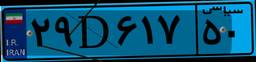
۵۱D۸۶۹۳۶